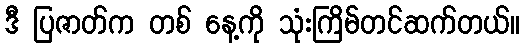
ဒီ ပြဇာတ်က တစ် နေ့ကို သုံးကြိမ်တင်ဆက်တယ်။